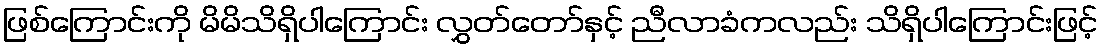
ဖြစ်ကြောင်းကို မိမိသိရှိပါကြောင်း လွှတ်တော်နှင့် ညီလာခံကလည်း သိရှိပါကြောင်းဖြင့်